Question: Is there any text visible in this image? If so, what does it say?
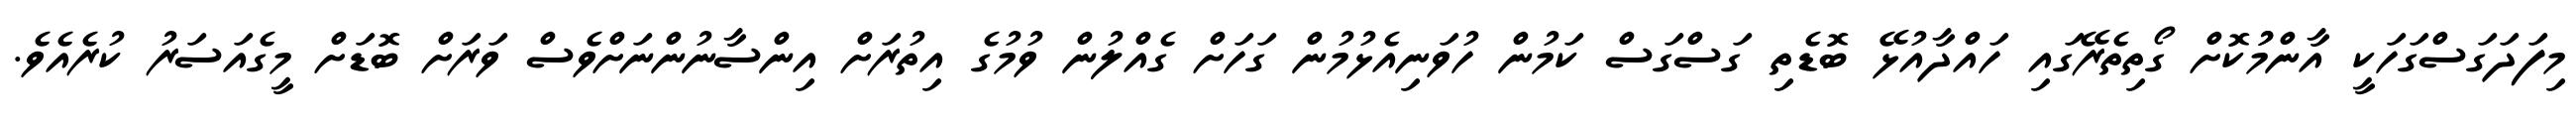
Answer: މިފަދަގަސްގަހަކީ އާންމުުކޮށް ގޯތިތެރޭގައި ހައްދާއުޅޭ ބޮޑެތި ގަސްގަސް ކަމުން ހުވަނިއެޅުމުން ގަހަށް ގެއްލުން ވުމުގެ އިތުރަށް އިންސާނުންނަށްވެސް ވަރަށް ބޮޑަށް މީގެއަސަރު ކުރެއެވެ.